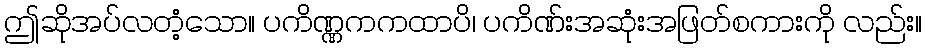
ဤဆိုအပ်လတံ့သော။ ပကိဏ္ဏကကထာပိ၊ ပကိဏ်းအဆုံးအဖြတ်စကားကို လည်း။